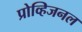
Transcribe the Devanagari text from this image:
प्रोव्हिजनल